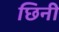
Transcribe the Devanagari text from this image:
छिनी